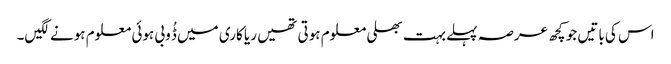
اس کی باتیں جو کچھ عرصہ پہلے بہت بھلی معلوم ہوتی تھیں ریا کاری میں ڈُوبی ہوئی معلوم ہونے لگیں۔